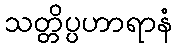
သတ္တိပ္ပဟာရာနံ